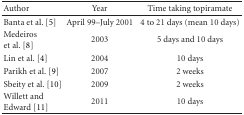
| Author | Year | Time taking topiramate |
 | --- | --- | --- |
 | Banta et al. [5] | April 99–July 2001 | 4 to 21 days (mean 10 days) |
 | Medeiros et al. [8] | 2003 | 5 days and 10 days |
 | Lin et al. [4] | 2004 | 10 days |
 | Parikh et al. [9] | 2007 | 2 weeks |
 | Sbeity et al. [10] | 2009 | 2 weeks |
 | Willett and Edward [11] | 2011 | 10 days |